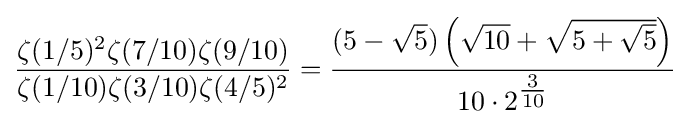
{\frac {\zeta (1/5)^{2}\zeta (7/10)\zeta (9/10)}{\zeta (1/10)\zeta (3/10)\zeta (4/5)^{2}}}={\frac {(5-{\sqrt {5}})\left({\sqrt {10}}+{\sqrt {5+{\sqrt {5}}}}\right)}{10\cdot 2^{\tfrac {3}{10}}}}